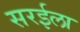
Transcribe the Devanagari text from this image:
सरईला